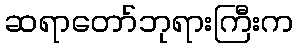
ဆရာတော်ဘုရားကြီးက